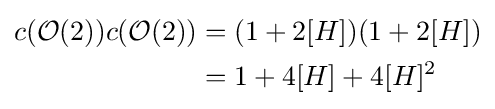
{\begin{aligned}c({\mathcal {O}}(2))c({\mathcal {O}}(2))&=(1+2[H])(1+2[H])\\&=1+4[H]+4[H]^{2}\end{aligned}}